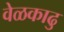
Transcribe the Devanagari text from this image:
वेळकाढु